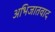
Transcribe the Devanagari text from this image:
अभिजातवाद